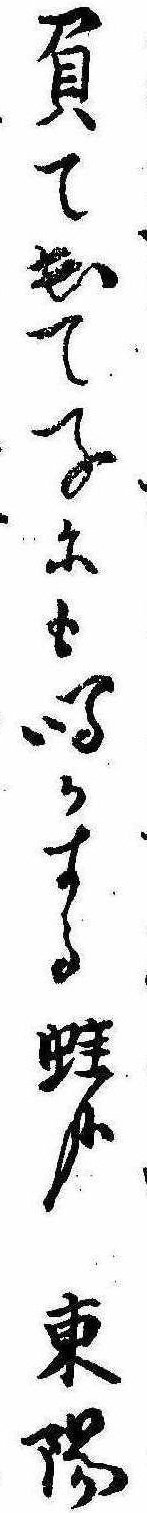
負て出て子にも鳴かする蛙哉東陽